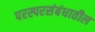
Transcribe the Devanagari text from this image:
परस्परसंबंधातील